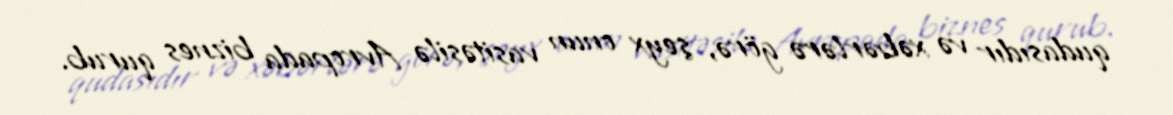
qudasıdır və xəbərlərə görə, şeyx onun vasitəsilə Avropada biznes qurub.